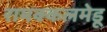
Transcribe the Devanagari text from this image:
रामक्कलमेडू